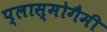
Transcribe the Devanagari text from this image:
प्लास्मोगैमी